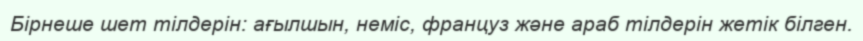
Бірнеше шет тілдерін: ағылшын, неміс, француз және араб тілдерін жетік білген.